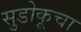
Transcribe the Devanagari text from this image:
सुडोकूचा